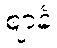
ဈာနံ